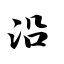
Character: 沿